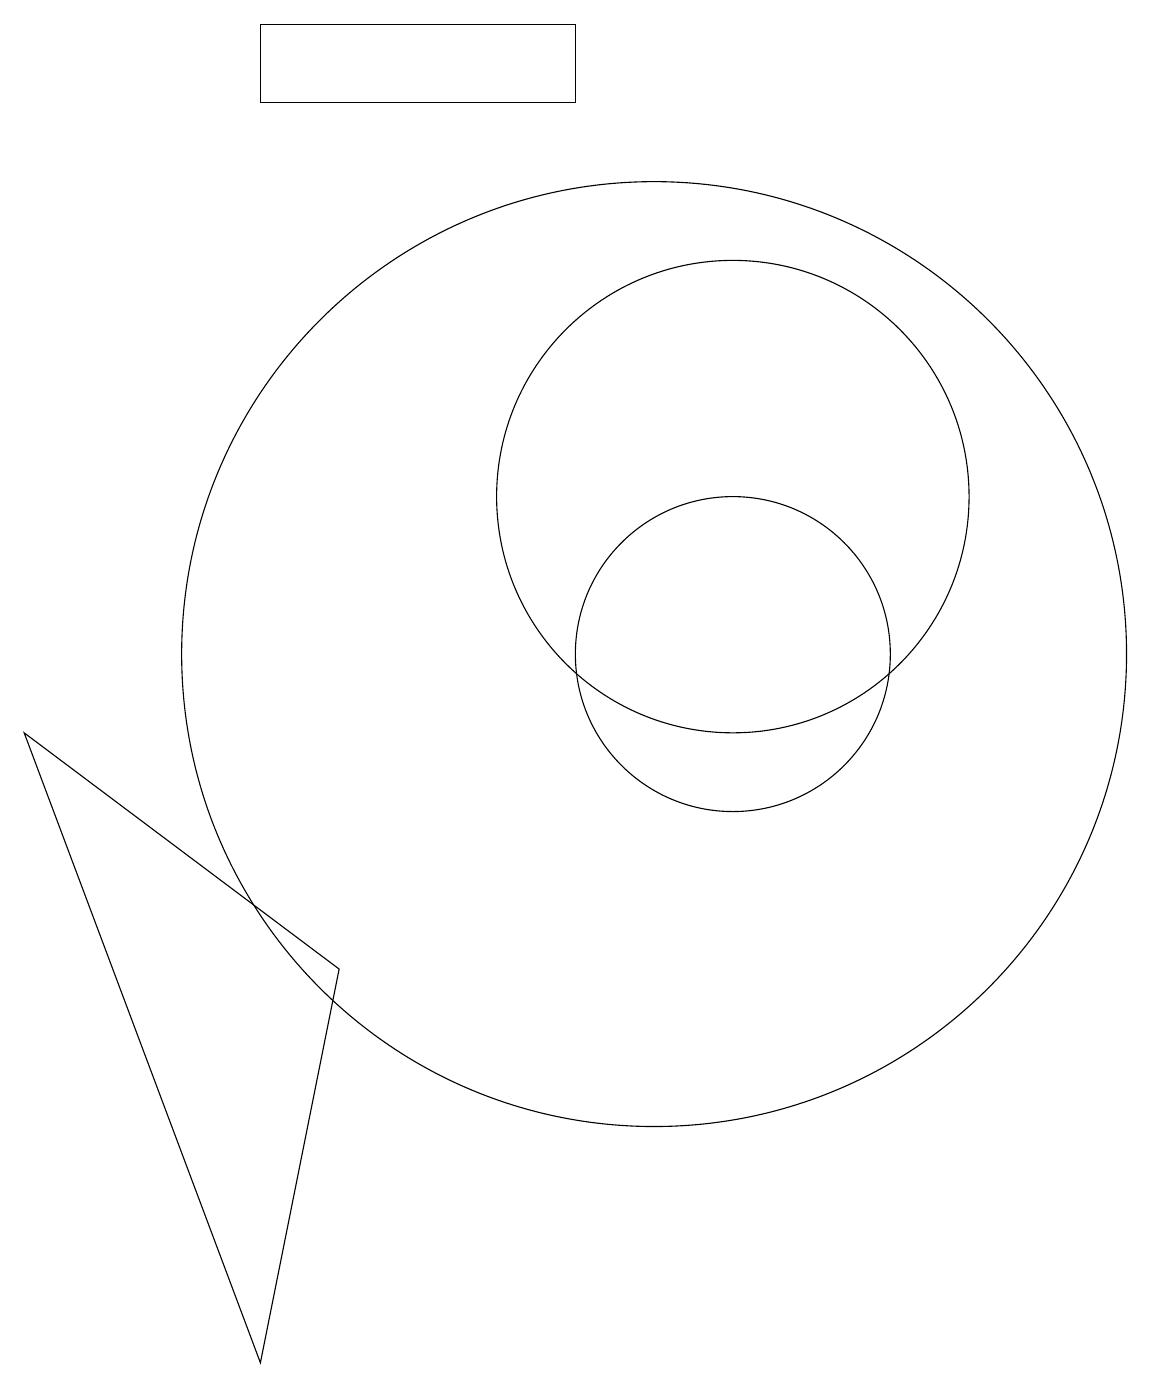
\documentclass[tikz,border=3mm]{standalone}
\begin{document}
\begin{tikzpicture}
\draw (2,9) -- (5,1) -- (6,6) -- cycle;
\draw (11,10) circle (2);
\draw (10,10) circle (6);
\draw (11,12) circle (3);
\draw (9,18) rectangle (5,17);
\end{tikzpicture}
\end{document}